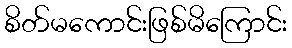
စိတ်မကောင်းဖြစ်မိကြောင်း